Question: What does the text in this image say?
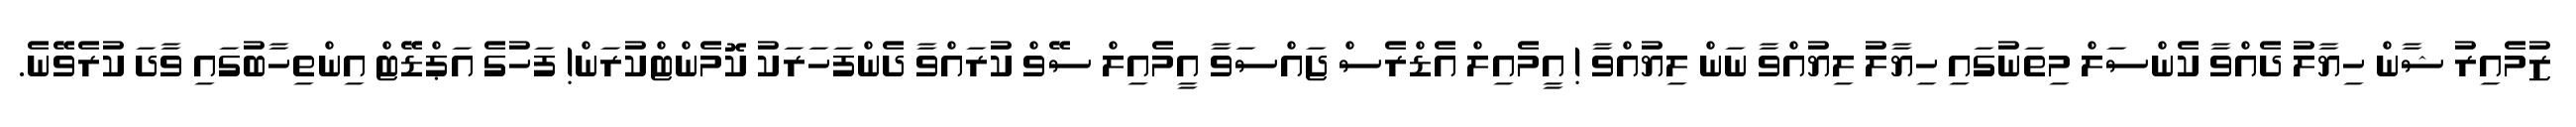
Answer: ޒުމެއިރު ޝާން ހިޔާލު ދެއްވާ ކެންސަލް މިތަނުގައި ހިޔާލު ލިޔުއްވާ ނަން ލިޔުއްވާ ! އީމެއިލް އެޑްރެސް ޖައްސަވާ އީމެއިލް ސޭވް ކުރައްވާ ދެންފަހަރަކު ކޮމެންޓްކުރަން! ފަހުގެ އަޕްޑޭޓް އިންތިހާބުގައި ވާދަ ކުރެވޭނެ.